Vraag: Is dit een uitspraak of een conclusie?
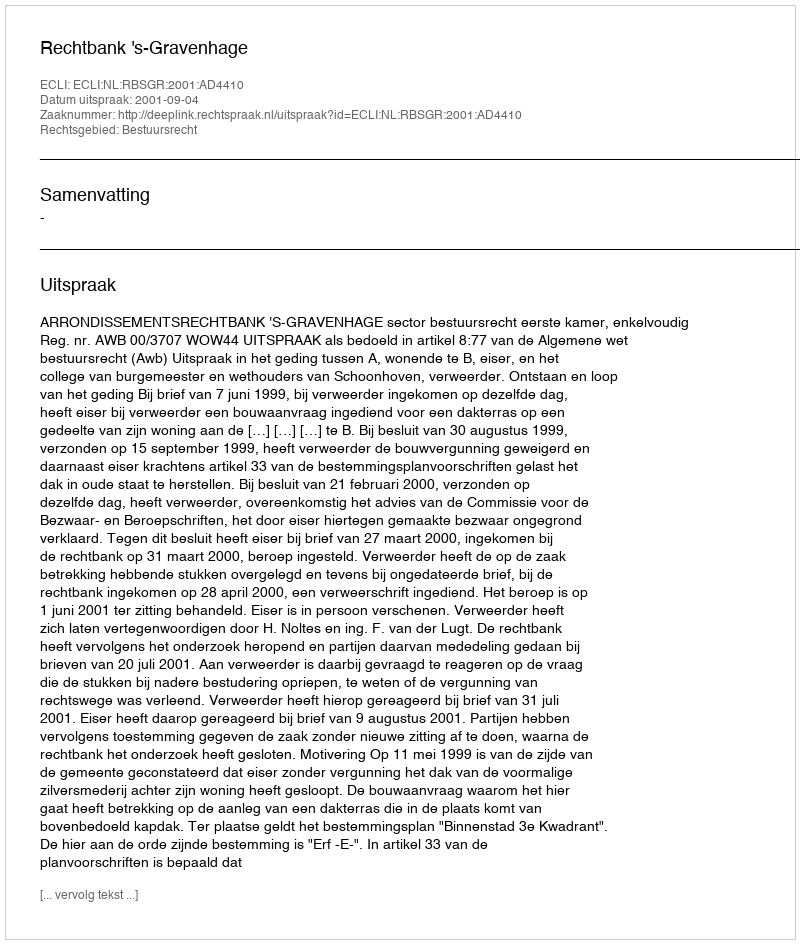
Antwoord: Uitspraak